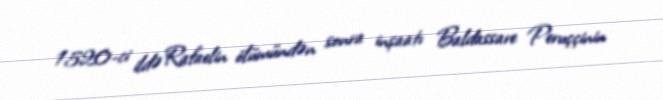
1520-ci ildə Rafaelin ölümündən sonra inşaatı Baldassare Peruççinin